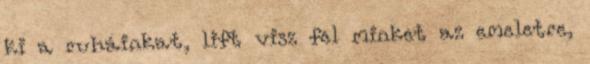
ki a ruháinkat, lift visz fel minket az emeletre,